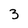
Character: 3